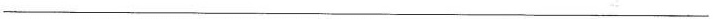
___